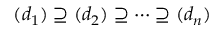
( d _ { 1 } ) \supseteq ( d _ { 2 } ) \supseteq \cdots \supseteq ( d _ { n } )